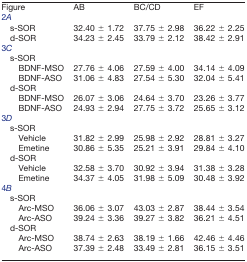
<table><thead><tr><td><b>Figure</b></td><td><b>AB</b></td><td><b>BC/CD</b></td><td><b>EF</b></td></tr></thead><tbody><tr><td>2<i>A</i></td><td></td><td></td><td></td></tr><tr><td>s-SOR</td><td>32.40 ± 1.72</td><td>37.75 ± 2.98</td><td>36.22 ± 2.25</td></tr><tr><td>d-SOR</td><td>34.23 ± 2.45</td><td>33.79 ± 2.12</td><td>38.42 ± 2.91</td></tr><tr><td>3<i>C</i></td><td></td><td></td><td></td></tr><tr><td>s-SOR</td><td></td><td></td><td></td></tr><tr><td>BDNF-MSO</td><td>27.76 ± 4.06</td><td>27.59 ± 4.00</td><td>34.14 ± 4.09</td></tr><tr><td>BDNF-ASO</td><td>31.06 ± 4.83</td><td>27.54 ± 5.30</td><td>32.04 ± 5.41</td></tr><tr><td>d-SOR</td><td></td><td></td><td></td></tr><tr><td>BDNF-MSO</td><td>26.07 ± 3.06</td><td>24.64 ± 3.70</td><td>23.26 ± 3.77</td></tr><tr><td>BDNF-ASO</td><td>24.93 ± 2.94</td><td>27.75 ± 3.72</td><td>25.65 ± 3.12</td></tr><tr><td>3<i>D</i></td><td></td><td></td><td></td></tr><tr><td>s-SOR</td><td></td><td></td><td></td></tr><tr><td>Vehicle</td><td>31.82 ± 2.99</td><td>25.98 ± 2.92</td><td>28.81 ± 3.27</td></tr><tr><td>Emetine</td><td>30.86 ± 5.35</td><td>25.21 ± 3.91</td><td>29.84 ± 4.10</td></tr><tr><td>d-SOR</td><td></td><td></td><td></td></tr><tr><td>Vehicle</td><td>32.58 ± 3.70</td><td>30.92 ± 3.94</td><td>31.38 ± 3.28</td></tr><tr><td>Emetine</td><td>34.37 ± 4.05</td><td>31.98 ± 5.09</td><td>30.48 ± 3.92</td></tr><tr><td>4<i>B</i></td><td></td><td></td><td></td></tr><tr><td>s-SOR</td><td></td><td></td><td></td></tr><tr><td>Arc-MSO</td><td>36.06 ± 3.07</td><td>43.03 ± 2.87</td><td>38.44 ± 3.54</td></tr><tr><td>Arc-ASO</td><td>39.24 ± 3.36</td><td>39.27 ± 3.82</td><td>36.21 ± 4.51</td></tr><tr><td>d-SOR</td><td></td><td></td><td></td></tr><tr><td>Arc-MSO</td><td>38.74 ± 2.63</td><td>38.19 ± 1.66</td><td>42.46 ± 4.46</td></tr><tr><td>Arc-ASO</td><td>37.39 ± 2.48</td><td>33.49 ± 2.81</td><td>36.15 ± 3.51</td></tr></tbody></table>